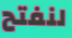
لنفتح